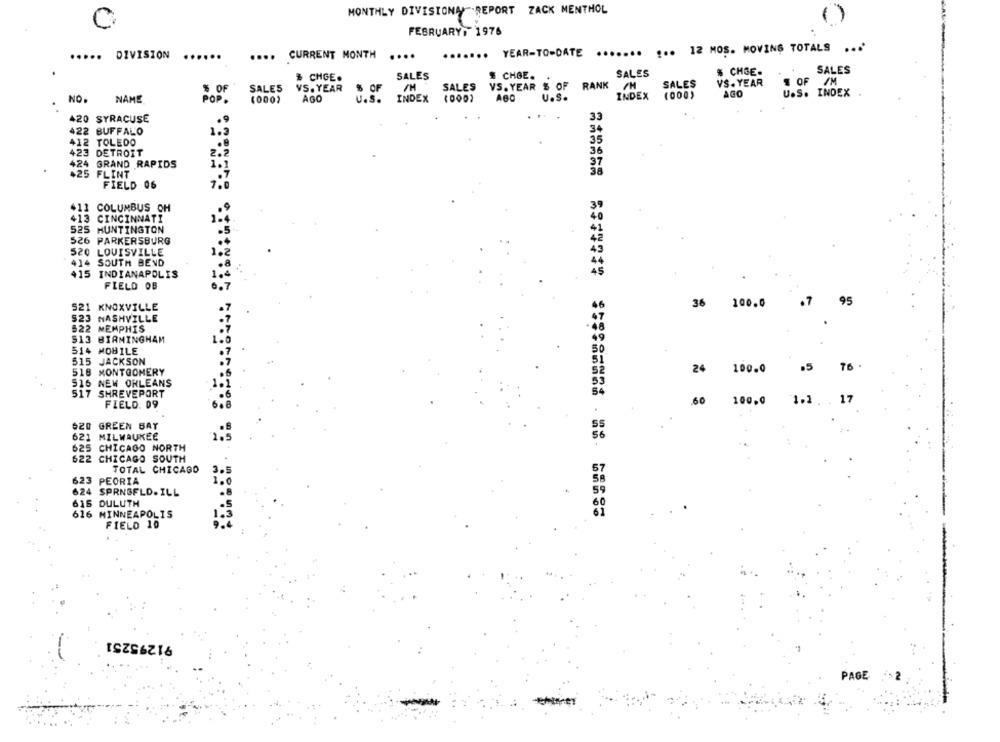
MONTHLY DIVISIONA REPORT ZACK MENTHOL
FEBRUARY, 1976
....... YEAR-TO-DATE
....... ... 12 MOS. MOVING TOTALS ... '
.....
DIVISION
...
.... CURRENT MONTH
....
SALES
# CHGE.
SALES
% CHGE-
SALES
& CHGE.
$ OF /M
SALES
VS. YEAR
SALES
VS. YEAR $ OF
RANK
SALES
VS. YEAR
$ OF
U.S.
INDEX
(000)
AGO
U.S. INDEX
NO.
NAME
POP .
(0002
AGO
U.S.
INDEX (000)
420 SYRACUSE
33
422 BUFFALO
1.2
34
412 TOLEDO
35
423 DETROIT
424 GRAND RAPIDS
+25 FLINT
FIELD 06
411 COLUMBUS OH
413 CINCINNATI
525 HUNTINGTON
526 PARKERSBURG
520
LOUISVILLE
414
SOUTH BEND
415 INDIANAPOLIS
FIELD OB
36
100.0
95
521 KNOXVILLE
$23
NASHVILLE
522 MEMPHIS
513
BIRMINGHAM
514
MOBILE
515
JACKSON
518 MONTGOMERY
24
100.0
76
516 NEW ORLEANS
517 SHREVEPORT
17
FIELD. 09
6.8
.60 100,0 1.1.
620 GREEN BAY
621 MILWAUKEE
1.5
625 CHICAGO NORTH
622 CHICAGO SOUTH
TOTAL CHICAGO
623
PEORIA
624 SPRNGFLD. ILL
616 DULUTH
====== ======= ========= === === 80
616 MINNEAPOLIS
FIELD 10
91295251
PAGE